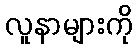
လူနာများကို